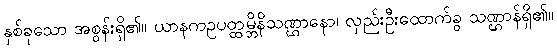
နှစ်ခုသော အစွန်းရှိ၏။ ယာနကဥပတ္ထမ္ဘိနိသဏ္ဌာနော၊ လှည်းဦးထောက်ခွ သဏ္ဌာန်ရှိ၏။